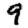
Digit: 9